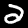
Digit: 2